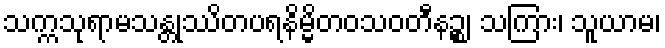
သက္ကသုရာမသန္တုဿိတပရနိမ္မိတဝသဝတီနဉ္စ၊ သကြား၊ သူယာမ၊